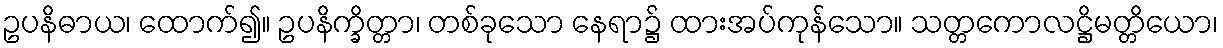
ဥပနိဓာယ၊ ထောက်၍။ ဥပနိက္ခိတ္တာ၊ တစ်ခုသော နေရာ၌ ထားအပ်ကုန်သော။ သတ္တကောလဋ္ဌိမတ္တိယော၊